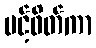
ပင့်ဖိတ်ကာ